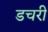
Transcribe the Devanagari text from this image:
डचरी